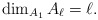
\begin{align*}\dim_{A_1}A_\ell = \ell.\end{align*}